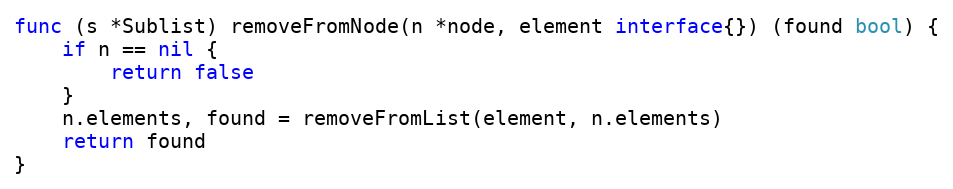
Language: Go
func (s *Sublist) removeFromNode(n *node, element interface{}) (found bool) {
	if n == nil {
		return false
	}
	n.elements, found = removeFromList(element, n.elements)
	return found
}